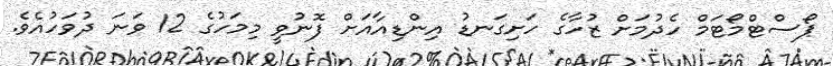
ޕޯސްޓްމޯޓަމް ހެދުމަށް ޒުހާގެ ހަށިގަނޑު އިންޑިއާއަށް ފޮނުވީ މިމަހުގެ 12 ވަނަ ދުވަހުއެވެ.